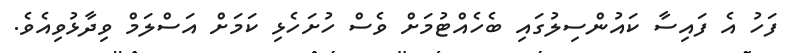
ފަހު އެ ފައިސާ ކައުންސިލުގައި ބެހެއްޓުމަށް ވެސް ހުށަހެޅި ކަމަށް އަސްލަމް ވިދާޅުވިއެވެ.